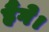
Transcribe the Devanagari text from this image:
हैंगे।